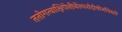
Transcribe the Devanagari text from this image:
ततोगत्वाक्षिपेत्तीर्थेस्पर्शदोषोनविद्यते